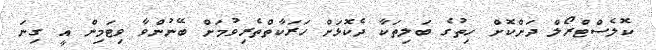
ކޮލެސްޓްރޯލް ދަށްކޮށް ހިތުގެ ބަލިތަކާ ދެކޮޅަށް ހަރަކާތްތެރިވުމަށް ބޭނުންވާ ވިޓަމިން އީ ގިނަ